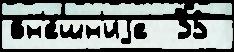
вн'е́шн'иjе  35